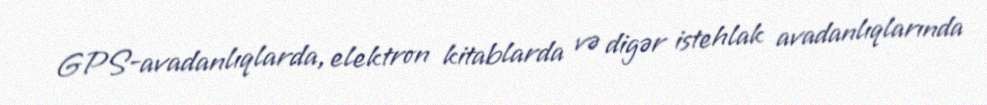
GPS-avadanlıqlarda, elektron kitablarda və digər istehlak avadanlıqlarında